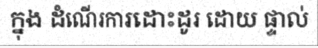
ក្នុង ដំណើរការដោះដូរ ដោយ ផ្ទាល់